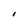
Character: l